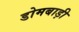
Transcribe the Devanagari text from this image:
डोमबाड़ी